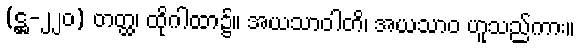
(ဋ္ဌ-၂၂၀) တတ္ထ၊ ထိုဂါထာ၌။ အယသာဝါတိ၊ အယသာဝ ဟူသည်ကား။